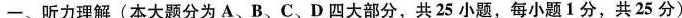
一、听力理解(本大题分为 A、B、C、D 四大部分,共 25 小题,每小题 1分,共 25 分)